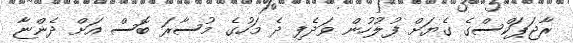
ރާޖަޕަކްސްގެ ގެޔަށް ފުލުހުން ވަދެފި ދެ މަހުގެ މުސާރަ ބޮސް އަށް ދެންޏާ